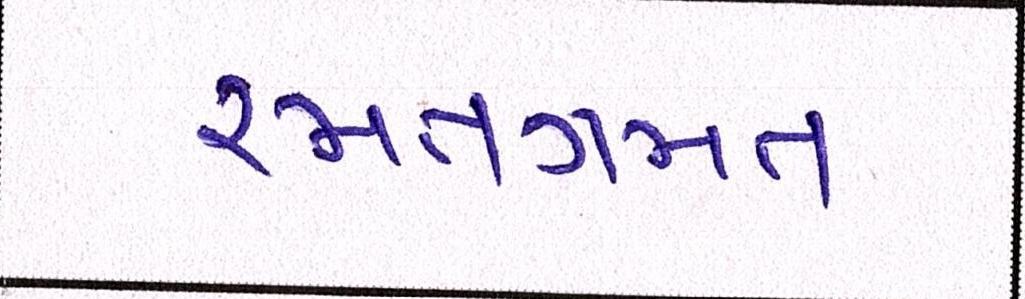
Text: રમતગમત